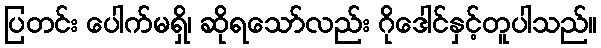
ပြတင်း ပေါက်မရှိ၊ ဆိုရသော်လည်း ဂိုဒေါင်နှင့်တူပါသည်။